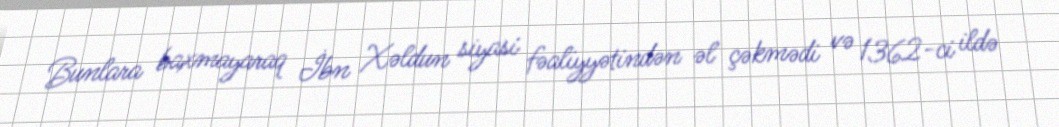
Bunlara baxmayaraq İbn Xəldun siyasi fəaliyyətindən əl çəkmədi və 1362-ci ildə